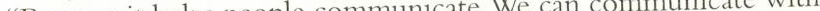
“Because it helps people communicate.We can communicate with